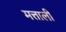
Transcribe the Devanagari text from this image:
मत्ताली